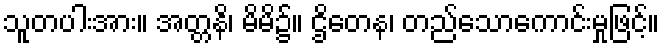
သူတပါးအား။ အတ္တနိ၊ မိမိ၌။ ဌိတေန၊ တည်သောကောင်းမှုဖြင့်။